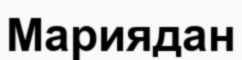
Мариядан